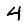
Digit: 4